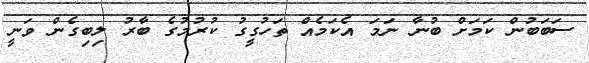
ސަބަބުން ކަމަށް ބުނާ ނަމަ އެކަމެއް ތަހުގީގު ކުރުމުގެ ބާރު ލިބިގެން ވަނީ